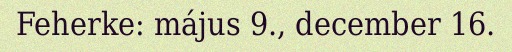
Feherke: május 9., december 16.